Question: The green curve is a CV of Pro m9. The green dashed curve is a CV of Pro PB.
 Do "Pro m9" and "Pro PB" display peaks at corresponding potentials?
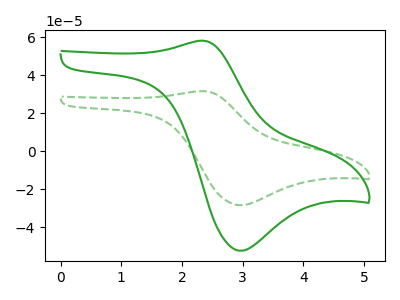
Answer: <think>The green curve "Pro m9" has an anodic peak at (2.35V, 58.05uA) and a cathodic peak at (2.95V, -52.45uA). The green dashed curve "Pro PB" has an anodic peak at (2.35V, 31.55uA) and a cathodic peak at (2.95V, -28.50uA).</think>
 <answer>Yes, "Pro m9" have a peak in "Pro PB" at the same potential.</answer>
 <eval>match</eval>